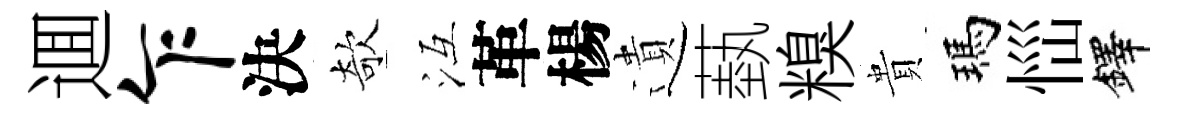
逥乍決欹冱革楊遺蓺糗貴瑪𢙉鐸